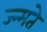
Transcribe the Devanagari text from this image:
ज्न्मते